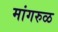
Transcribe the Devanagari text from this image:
मांगरुळ